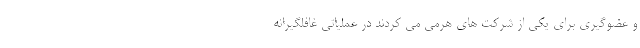
و عضوگیری برای یکی از شرکت های هرمی می کردند در عملیاتی غافلگیرانه